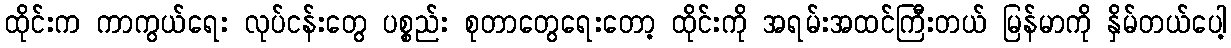
ထိုင်းက ကာကွယ်ရေး လုပ်ငန်းတွေ ပစ္စည်း စုတာတွေရေးတော့ ထိုင်းကို အရမ်းအထင်ကြီးတယ် မြန်မာကို နှိမ်တယ်ပေါ့